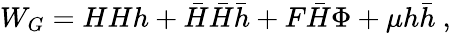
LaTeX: W_{G}=HHh+\bar{H}\bar{H}\bar{h}+F\bar{H}\Phi+\mu h\bar{h}\ ,